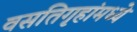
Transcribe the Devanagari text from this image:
वसतिगृहांमध्ये